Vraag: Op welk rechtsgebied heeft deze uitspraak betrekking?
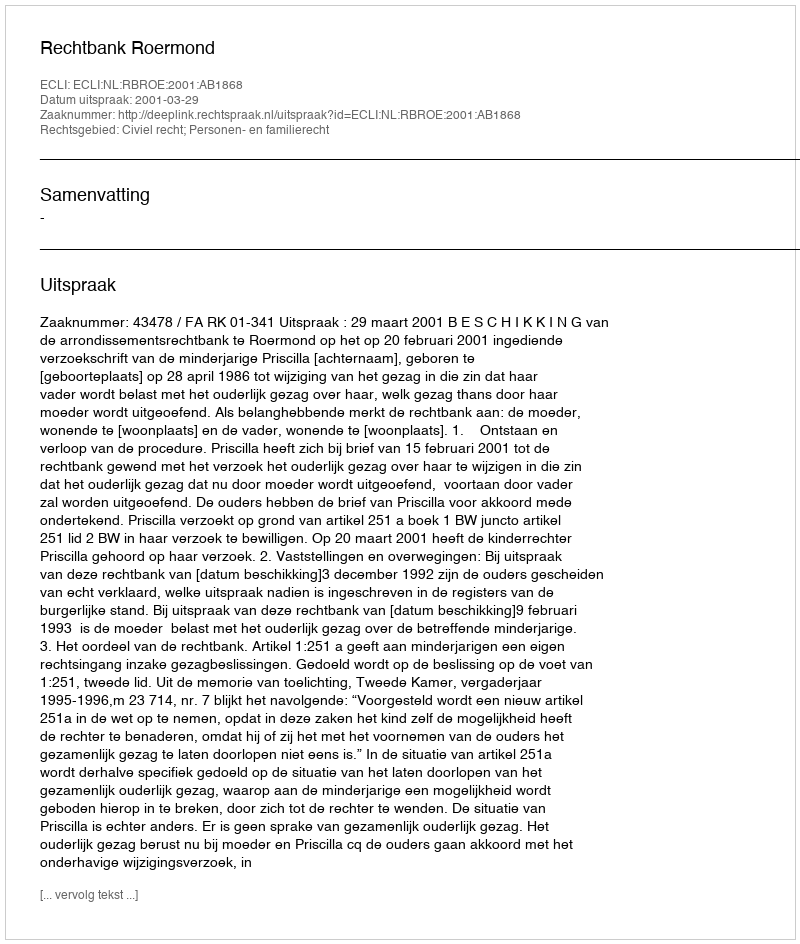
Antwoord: Civiel recht; Personen- en familierecht